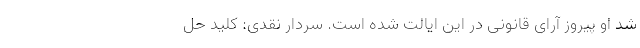
شد او پیروز آرای قانونی در این ایالت شده است. سردار نقدی: کلید حل